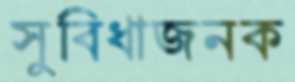
সুবিধাজনক